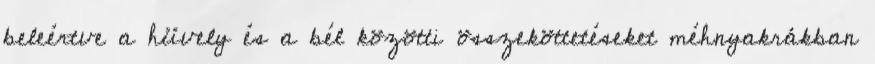
beleértve a hüvely és a bél közötti összeköttetéseket méhnyakrákban